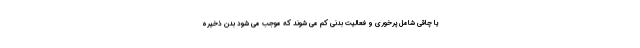
یا چاقی شامل پرخوری و فعالیت بدنی کم می شوند که موجب می شود بدن ذخیره